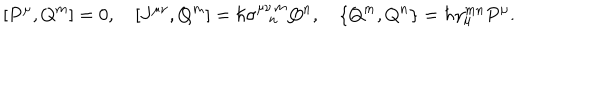
[ P ^ { \mu } , Q ^ { m } ] = 0 , [ J ^ { \mu \nu } , Q ^ { m } ] = \hbar \sigma _ { \ \ \, n } ^ { \mu \nu \, m } Q ^ { n } , \{ Q ^ { m } , Q ^ { n } \} = \hbar \gamma _ { \mu } ^ { m n } P ^ { \mu } .